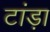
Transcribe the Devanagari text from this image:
टांड़ा